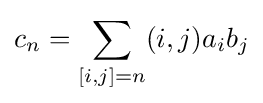
\displaystyle c_{n}=\sum _{[i,j]=n}(i,j)a_{i}b_{j}